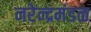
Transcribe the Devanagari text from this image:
नरेन्द्रमंडळ